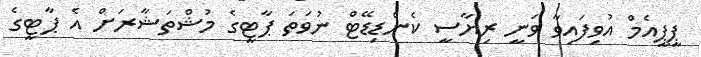
ޕީޕީއެމް އުވިފައިވާ ވަނީ ރިޔާސީ ކެންޑިޑޭޓް ނުވަތަ ޕާޓީގެ މުޝްތަޝާރަށް އެ ޕާޓީގެ